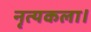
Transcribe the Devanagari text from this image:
नृत्‍यकला।